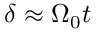
\delta \approx \Omega _ { 0 } t